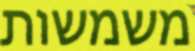
משמשות